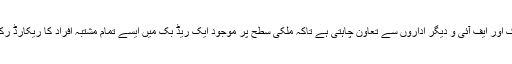
پولیس اس مقصد کے لئے نیشنل ڈیٹا بیس کو باہمی ہم آہنگ کرنے لئے نادرا اسٹیٹ بنک اور ایف آئی و دیگر اداروں سے تعاون چاہتی ہے تاکہ ملکی سطح پر موجود ایک ریڈ بک میں ایسے تمام مشتبہ افراد کا ریکارڈ رکھا جائے جو دہشتگردی میں امکانی طور پر کسی بھی مرحلے پر ملوث ہوسکتے ہیں ۔